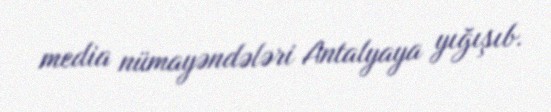
media nümayəndələri Antalyaya yığışıb.